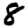
Digit: 8